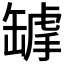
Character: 𦉌